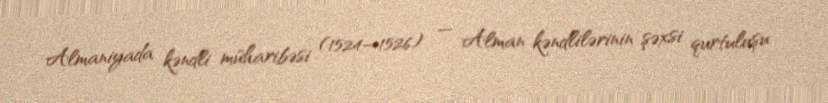
Almaniyada kəndli müharibəsi (1524—1526) — Alman kəndlilərinin şəxsi qurtuluşu